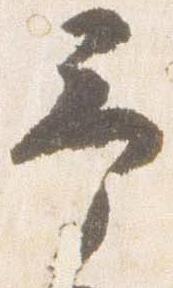
予